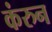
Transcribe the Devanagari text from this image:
कंरुन